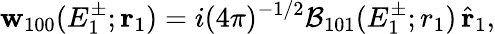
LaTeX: {\mathbf{w}}_{100}(E_{1}^{\pm};\mathbf{r}_{1})=i(4\pi)^{-1/2}{\cal B}_{101}(E_{1}^{\pm};{r}_{1})\, \hat{\textbf{r}}_{1},